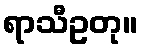
ရာသီဥတု။